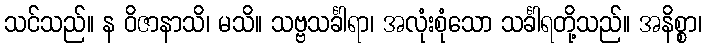
သင်သည်။ န ဝိဇာနာသိ၊ မသိ။ သဗ္ဗသင်္ခါရာ၊ အလုံးစုံသော သင်္ခါရတို့သည်။ အနိစ္စာ၊